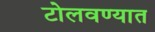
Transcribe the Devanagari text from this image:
टोलवण्यात